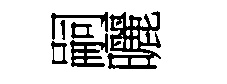
嗣曬